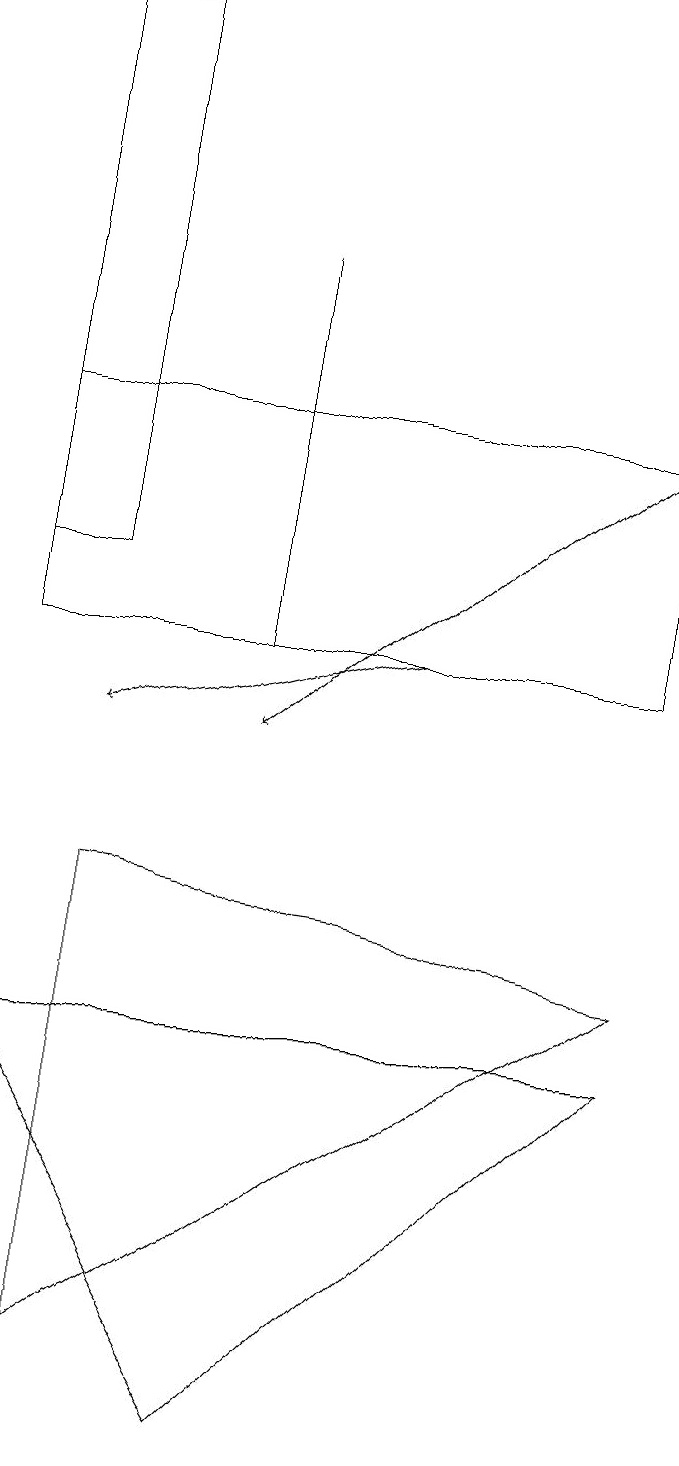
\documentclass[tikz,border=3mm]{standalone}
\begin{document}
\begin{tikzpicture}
\draw[->] (5,11) -- (1,10);
\draw (3,16) rectangle (3,11);
\draw (8,7) -- (1,2) -- (1,8) -- cycle;
\draw (0,11) rectangle (8,14);
\draw (0,6) -- (3,1) -- (8,6) -- cycle;
\draw (8,16) rectangle (8,15);
\draw (0,12) rectangle (1,19);
\draw[->] (8,14) -- (3,10);
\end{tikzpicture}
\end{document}